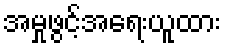
အမှုဖွင့်အရေးယူထား